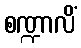
စဏ္ဍာလိံ